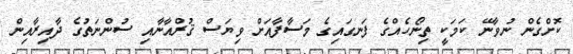
ކޮށްގެން ނުވާނޭ ކަމަކީ ތިނޯހެއްގެ ފަނގައިގެ މަސާފާއަށް ވިޔަސް ޤުރްއާނާއި ސުންނަތުގެ ދާއިރާއިން